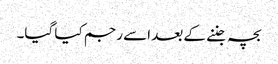
بچہ جننے کے بعد اسے رجم کیا گیا۔